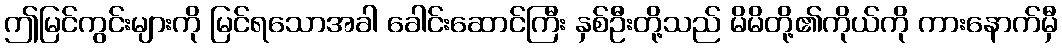
ဤမြင်ကွင်းများကို မြင်ရသောအခါ ခေါင်းဆောင်ကြီး နှစ်ဦးတို့သည် မိမိတို့၏ကိုယ်ကို ကားနောက်မှီ